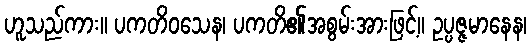
ဟူသည်ကား။ ပကတိဝသေန၊ ပကတိ၏အစွမ်းအားဖြင့်။ ဥပ္ပဇ္ဇမာနေန၊